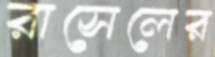
রাসেলের